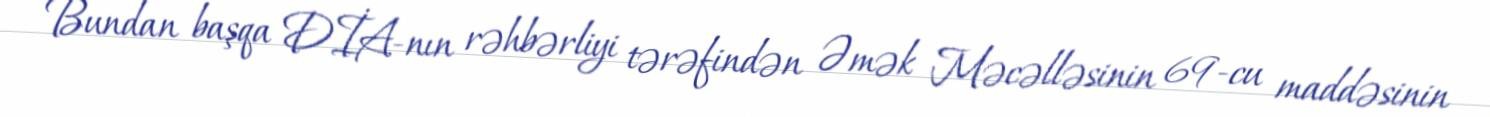
Bundan başqa DİA-nın rəhbərliyi tərəfindən Əmək Məcəlləsinin 69-cu maddəsinin